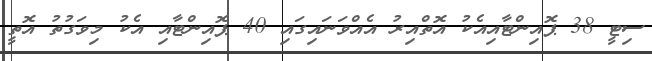
ސިޓީ 38 ޕޮއިންޓާއިއެކު އޮތްއިރު އެއްވަނައިގައި 40 ޕޮއިންޓާއި އެކު މިވަގުތު އޮތީ